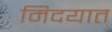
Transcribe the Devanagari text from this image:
मिदयात